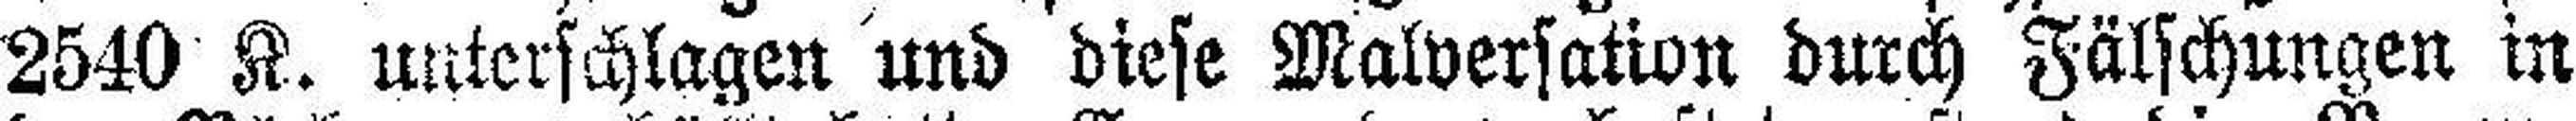
2540 K. unterschlagen und diese Malversation durch Fälschungen in